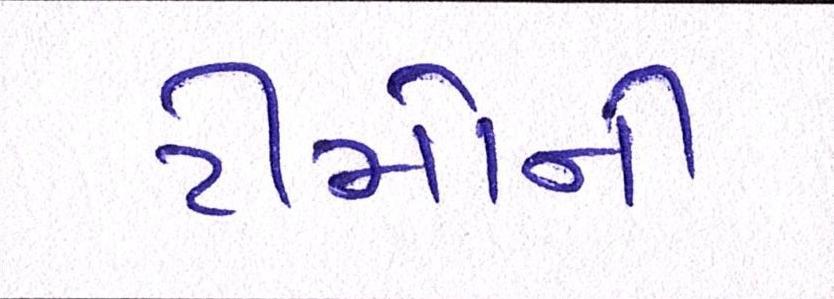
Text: ટીમોની